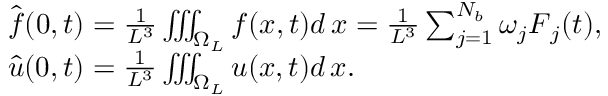
\begin{array} { r l } & { \hat { \boldsymbol f } ( 0 , t ) = \frac { 1 } { L ^ { 3 } } \iiint _ { \Omega _ { L } } \boldsymbol f ( \boldsymbol x , t ) d \, \boldsymbol x = \frac { 1 } { L ^ { 3 } } \sum _ { j = 1 } ^ { N _ { b } } \omega _ { j } \boldsymbol F _ { j } ( t ) , } \\ & { \hat { \boldsymbol u } ( 0 , t ) = \frac { 1 } { L ^ { 3 } } \iiint _ { \Omega _ { L } } \boldsymbol u ( \boldsymbol x , t ) d \, \boldsymbol x . } \end{array}